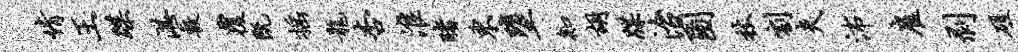
情王蹀湛敷覆既摇龙杏淮睹东堕知胡牒治圃杖割夫沛雇剥磋